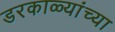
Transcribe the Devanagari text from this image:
डरकाळ्यांच्या